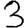
Digit: 3